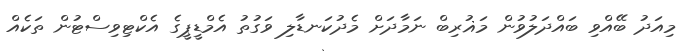
މިއަދު ބޭއްވި ބައްދަލުވުން މަޣުރިބް ނަމާދަށް މެދުކަނޑާލި ވަގުތު އެމްޑީޕީގެ އެކްޓިވިސްޓުން ތަކެއް